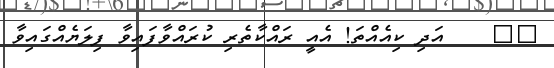
٢٢    އަދި ކިއެއްތަ! އެއީ ރައްކާތެރި ކުރައްވާފައިވާ ފިލަޔެއްގައިވާ